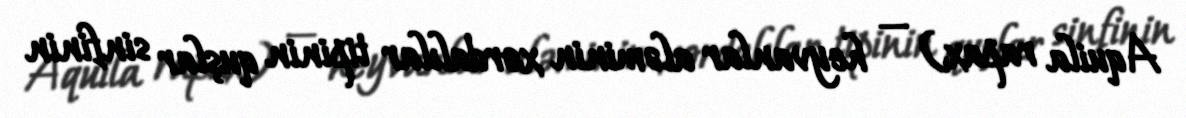
Aquila rapax) — heyvanlar aləminin xordalılar tipinin quşlar sinfinin